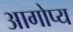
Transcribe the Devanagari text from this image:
आगोप्य